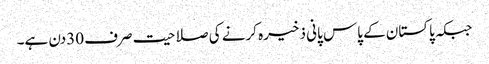
جبکہ پاکستان کے پاس پانی ذخیرہ کرنے کی صلاحیت صرف 30دن ہے۔